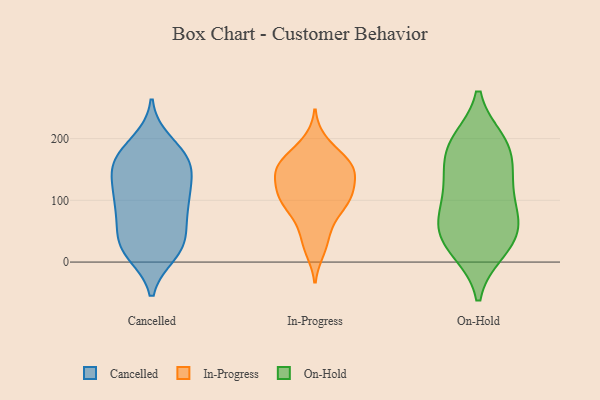
{"axis": {"x": "Shipments", "y": "Value"}, "legend": ["Cancelled", "In-Progress", "On-Hold"], "data": [{"x": "", "y": 172, "type": "Cancelled"}, {"x": "", "y": 18, "type": "Cancelled"}, {"x": "", "y": 102, "type": "Cancelled"}, {"x": "", "y": 38, "type": "Cancelled"}, {"x": "", "y": 83, "type": "Cancelled"}, {"x": "", "y": 94, "type": "Cancelled"}, {"x": "", "y": 87, "type": "Cancelled"}, {"x": "", "y": 137, "type": "Cancelled"}, {"x": "", "y": 28, "type": "Cancelled"}, {"x": "", "y": 136, "type": "Cancelled"}, {"x": "", "y": 161, "type": "Cancelled"}, {"x": "", "y": 174, "type": "Cancelled"}, {"x": "", "y": 81, "type": "Cancelled"}, {"x": "", "y": 155, "type": "Cancelled"}, {"x": "", "y": 15, "type": "Cancelled"}, {"x": "", "y": 38, "type": "Cancelled"}, {"x": "", "y": 125, "type": "Cancelled"}, {"x": "", "y": 23, "type": "Cancelled"}, {"x": "", "y": 194, "type": "Cancelled"}, {"x": "", "y": 168, "type": "Cancelled"}, {"x": "", "y": 118, "type": "In-Progress"}, {"x": "", "y": 153, "type": "In-Progress"}, {"x": "", "y": 33, "type": "In-Progress"}, {"x": "", "y": 176, "type": "In-Progress"}, {"x": "", "y": 101, "type": "In-Progress"}, {"x": "", "y": 150, "type": "In-Progress"}, {"x": "", "y": 62, "type": "In-Progress"}, {"x": "", "y": 111, "type": "In-Progress"}, {"x": "", "y": 145, "type": "In-Progress"}, {"x": "", "y": 94, "type": "In-Progress"}, {"x": "", "y": 149, "type": "In-Progress"}, {"x": "", "y": 75, "type": "In-Progress"}, {"x": "", "y": 104, "type": "In-Progress"}, {"x": "", "y": 19, "type": "In-Progress"}, {"x": "", "y": 112, "type": "In-Progress"}, {"x": "", "y": 195, "type": "In-Progress"}, {"x": "", "y": 154, "type": "In-Progress"}, {"x": "", "y": 160, "type": "In-Progress"}, {"x": "", "y": 124, "type": "On-Hold"}, {"x": "", "y": 193, "type": "On-Hold"}, {"x": "", "y": 81, "type": "On-Hold"}, {"x": "", "y": 175, "type": "On-Hold"}, {"x": "", "y": 66, "type": "On-Hold"}, {"x": "", "y": 187, "type": "On-Hold"}, {"x": "", "y": 20, "type": "On-Hold"}, {"x": "", "y": 136, "type": "On-Hold"}, {"x": "", "y": 59, "type": "On-Hold"}, {"x": "", "y": 61, "type": "On-Hold"}, {"x": "", "y": 19, "type": "On-Hold"}, {"x": "", "y": 126, "type": "On-Hold"}, {"x": "", "y": 195, "type": "On-Hold"}, {"x": "", "y": 36, "type": "On-Hold"}]}